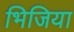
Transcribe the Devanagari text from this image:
भिजिया